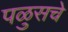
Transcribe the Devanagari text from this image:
पळुसचे